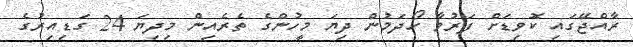
ރާއްޖޭގައި ކޮވިޑަށް ފަރުވާ ހޯދަމުން ދިޔަ މީހުންގެ ތެރެއިން މިދިޔަ 24 ގަޑިއިރުގެ